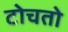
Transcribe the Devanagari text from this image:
टोचतो